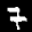
Label: 7